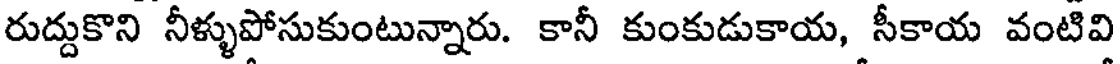
రుద్దుకొని నీళ్ళుపోసుకుంటున్నారు. కానీ కుంకుడుకాయ, సీకాయ వంటివి